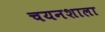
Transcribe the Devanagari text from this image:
चयनशाला